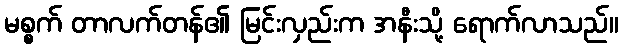
မစ္စက် တာလက်တန်၏ မြင်းလှည်းက အနီးသို့ ရောက်လာသည်။